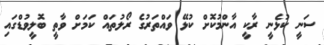
ސަނީ ކުޅެނީ ރާކީ އާންމުކޮށް ކުޅޭ ވައްތަރުގެ ރޯލުތައް ކަމަށް ވާތީ ބޮލީވުޑްގައި